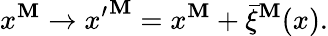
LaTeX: x^{\mathbf{M}}\to{x^{\prime}}^{\mathbf{M}}=x^{\mathbf{M}}+\bar{{\xi}}^{\mathbf{M}}(x).